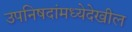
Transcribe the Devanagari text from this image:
उपनिषदांमध्येदेखील